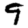
Digit: 9